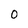
Character: 0